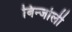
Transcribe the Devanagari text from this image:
बिन्जोली